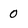
Character: 0